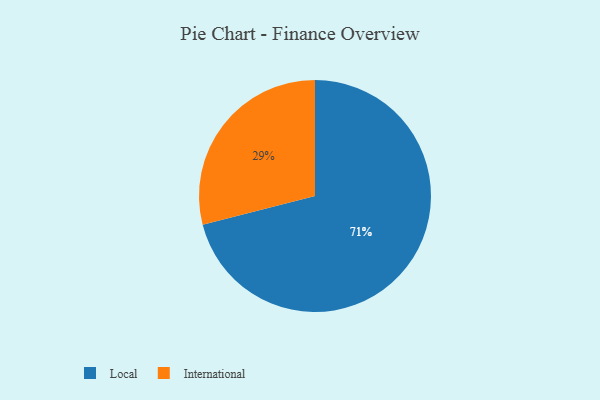
{"axis": {"x": "Category", "y": "Percentage"}, "legend": ["International", "Local"], "data": [{"x": "Local", "y": 71, "type": "Local"}, {"x": "International", "y": 29, "type": "International"}]}